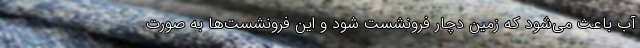
آب باعث می‌شود که زمین دچار فرونشست شود و این فرونشست‌ها به صورت